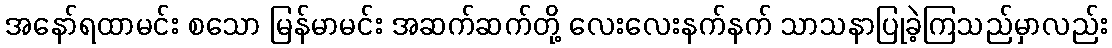
အနော်ရထာမင်း စသော မြန်မာမင်း အဆက်ဆက်တို့ လေးလေးနက်နက် သာသနာပြုခဲ့ကြသည်မှာလည်း